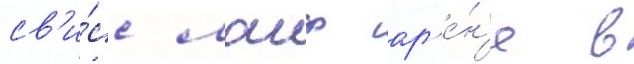
св'и́сс лаиф ар'е́н'е в